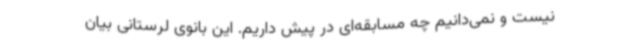
نیست و نمی‌دانیم چه مسابقه‌ای در پیش داریم. این بانوی لرستانی بیان